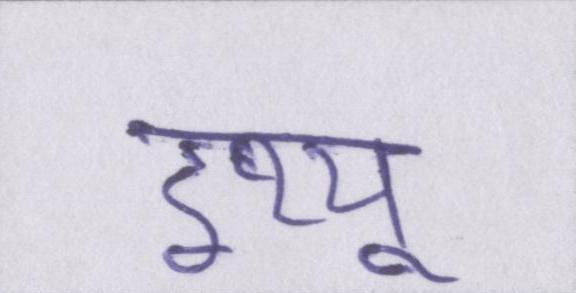
इश्यू